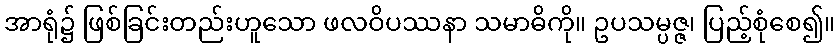
အာရုံ၌ ဖြစ်ခြင်းတည်းဟူသော ဖလဝိပဿနာ သမာဓိကို။ ဥပသမ္ပဇ္ဇ၊ ပြည့်စုံစေ၍။